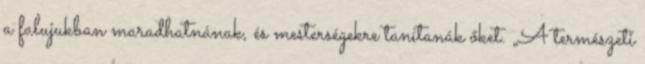
a falujukban maradhatnának, és mesterségekre tanítanák őket. „A természeti